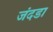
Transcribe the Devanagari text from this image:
जंदडा